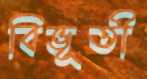
বিভূতী